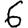
Digit: 6